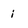
Character: i